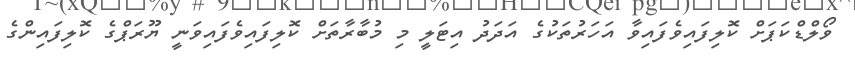
ވޯލްޑްކަޕަށް ކޮލިފައިވެފައިވާ އަހަރުތަކުގެ އަދަދު އިޓަލީ މި މުބާރާތަށް ކޮލިފައިވެފައިވަނީ ޔޫރަޕްގެ ކޮލިފައިންގެ